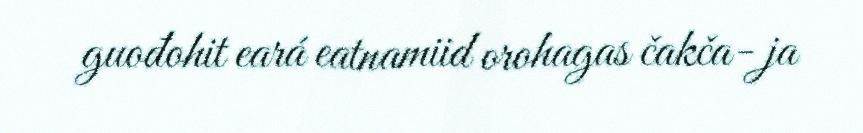
guođohit eará eatnamiid orohagas čakča- ja